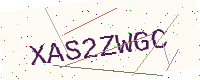
Text: XAS2ZWGC